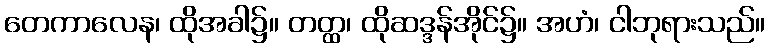
တေကာလေန၊ ထိုအခါ၌။ တတ္ထ၊ ထိုဆဒ္ဒန်အိုင်၌။ အဟံ၊ ငါဘုရားသည်။